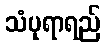
သံပုရာရည်